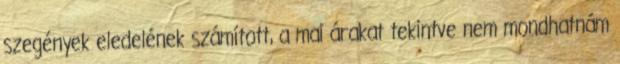
szegények eledelének számított, a mai árakat tekintve nem mondhatnám